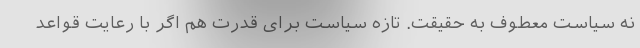
نه سیاست معطوف به حقیقت. تازه سیاست برای قدرت هم اگر با رعایت قواعد